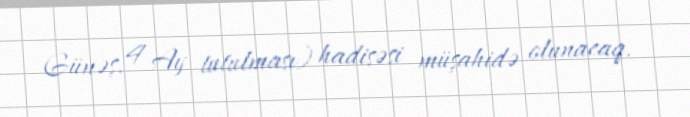
Günəş, 4 Ay tutulması) hadisəsi müşahidə olunacaq.